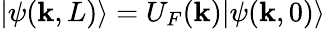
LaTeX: |\psi(\textbf{k},L)\rangle=U_{F}(\textbf{k})|\psi(\textbf{k},0)\rangle